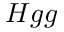
H g g